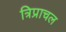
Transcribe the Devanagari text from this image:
त्रिप्राचल